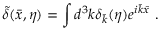
\tilde { \delta } ( \bar { x } , \eta ) = \int d ^ { 3 } k \delta _ { \bar { k } } ( \eta ) e ^ { i \bar { k } \bar { x } } ~ .